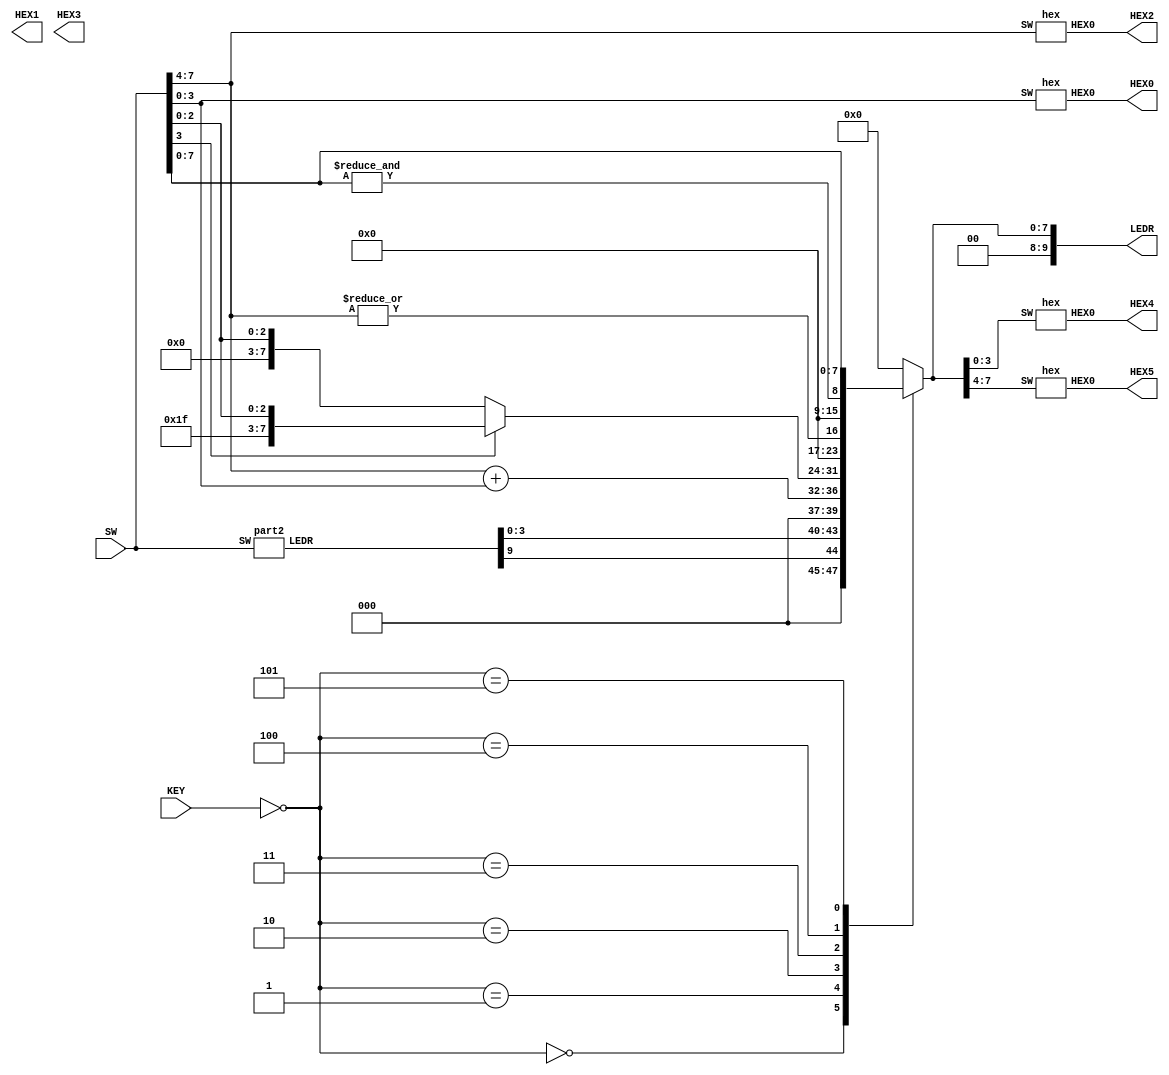
module part3 (SW, KEY, LEDR, HEX0, HEX1, HEX2, HEX3, HEX4, HEX5);
	// switches
	input [9:0] SW; 
	input [2:0] KEY; 
	
	// declare output LEDS as reg, they are controlled in the always block
	output reg [9:0] LEDR; 
	
	// instantiate six seven-segment displays
	output [6:0] HEX0, HEX1, HEX2, HEX3, HEX4, HEX5; 
	
	// cannot instantiate adder inside always block, so do it here
	wire [9:0] w0; 
	part2 adder(SW, w0); // w0 stores value that should be displayed if ~KEy=3'b000
	
	// seven segment display for input(SW) and output
	hex Bhex(SW[3:0], HEX0);
	hex Ahex(SW[7:4], HEX2);
	hex h4(LEDR[3:0], HEX4);
	hex h5(LEDR[7:4], HEX5);
	
	// hex1 and hex3 0 always
	assign HEX1[6] = 1;
	assign HEX3[6] = 1;
	
	// always block to control LEDR(ALUout) 
	always @(*)
	begin
		case(~KEY[2:0]) // avoid trap
			// A+B using adder form Part 2 of lab
			3'b000: LEDR = {3'b000, w0[9], w0[3:0]};
		
			// A+B using Verilog + operator
			3'b001: LEDR = SW[7:4] + SW[3:0];
			
			// Sign extension of B to 8 bits
			3'b010: 
				if (SW[3]==1) 
					LEDR = {4'b1111, SW[3:0]};
				else
					LEDR = {4'b0000, SW[3:0]};
					
			// Output 8'b00000001 if at least 1 of the 8 bits in the two inputs is 1 using a single OR operation
			3'b011: LEDR = |SW[7:4]; 
			
			//Output 8'b00000001 if all of the 8 bits in the two inputs are 1 using a single AND operation
			3'b100: LEDR = &{SW[7:4], SW[3:0]};
			
			//Display A in the most signficant four bits and B in the lower four bits
			3'b101: LEDR = SW[7:0];
			
			// default case: set output to zero
			default: LEDR = 8'b00000000;
		endcase
	end
endmodule	

// copy part2 module
module part2(SW, LEDR);
	input [9:0] SW;
	output [9:0] LEDR;
	
	wire w0, w1, w2;
	
	FA A0(.cin(SW[8]), .x(SW[4]), .y(SW[0]), .co(w0), .s(LEDR[0]));
	FA A1(.cin(w0), .x(SW[5]), .y(SW[1]), .co(w1), .s(LEDR[1]));
	FA A2(.cin(w1), .x(SW[6]), .y(SW[2]), .co(w2), .s(LEDR[2]));
	FA A3(.cin(w2), .x(SW[7]), .y(SW[3]), .co(LEDR[9]), .s(LEDR[3]));
endmodule

// Full Adder module
module FA(input cin,x,y, output co,s);
	assign co = cin&x | cin&y | x&y; // carry bit
	assign s = (cin^x)^y; //sum bit
endmodule

// copy hex module from lab2
module hex(SW, HEX0);
	input [3:0] SW; 
	output [6:0] HEX0;
	
	wire c3 = SW[3];
	wire c2 = SW[2];
	wire c1 = SW[1];
   wire c0 = SW[0];
	
	assign HEX0[0] = ((!c3)&(!c2)&(!c1)&(c0)) | ((!c3)&(c2)&(!c1)&(!c0)) | ((c3)&(!c2)&(c1)&(c0)) | ((c3)&(c2)&(!c1)&(c0));
	assign HEX0[1] = ((!c3)&(c2)&(!c1)&(c0)) | ((!c3)&(c2)&(c1)&(!c0)) | ((c3)&(!c2)&(c1)&(c0)) | ((c3)&(c2)&(!c1)&(!c0)) | ((c3)&(c2)&(c1)&(!c0)) | ((c3)&(c2)&(c1)&(c0));
	assign HEX0[2] = ((!c3)&(!c2)&(c1)&(!c0)) | ((c3)&(c2)&(!c1)&(!c0)) | ((c3)&(c2)&(c1)&(!c0)) | ((c3)&(c2)&(c1)&(c0));
	assign HEX0[3] = ((!c3)&(!c2)&(!c1)&(c0)) | ((!c3)&(c2)&(!c1)&(!c0)) | ((!c3)&(c2)&(c1)&(c0)) | ((c3)&(!c2)&(!c1)&(c0)) | ((c3)&(!c2)&(c1)&(!c0)) | ((c3)&(c2)&(c1)&(c0));
	assign HEX0[4] = ((!c3)&(!c2)&(!c1)&(c0)) | ((!c3)&(!c2)&(c1)&(c0)) | ((!c3)&(c2)&(!c1)&(!c0)) | ((!c3)&(c2)&(!c1)&(c0)) | ((!c3)&(c2)&(c1)&(c0)) | ((c3)&(!c2)&(!c1)&(c0));
	assign HEX0[5] = ((!c3)&(!c2)&(!c1)&(c0)) | ((!c3)&(!c2)&(c1)&(!c0)) | ((!c3)&(!c2)&(c1)&(c0)) | ((!c3)&(c2)&(c1)&(c0)) | ((c3)&(c2)&(!c1)&(c0));
	assign HEX0[6] = ((!c3)&(!c2)&(!c1)&(!c0)) | ((!c3)&(!c2)&(!c1)&(c0)) | ((!c3)&(c2)&(c1)&(c0)) | ((c3)&(c2)&(!c1)&(!c0));
endmodule